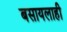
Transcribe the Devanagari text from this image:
बसायलाही